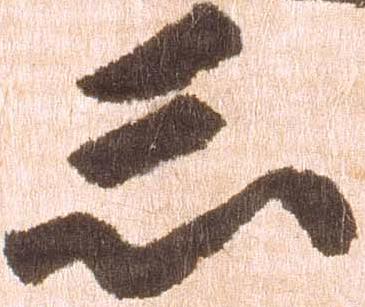
忩